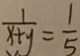
\frac { 1 } { x + y } = \frac { 1 } { 5 }